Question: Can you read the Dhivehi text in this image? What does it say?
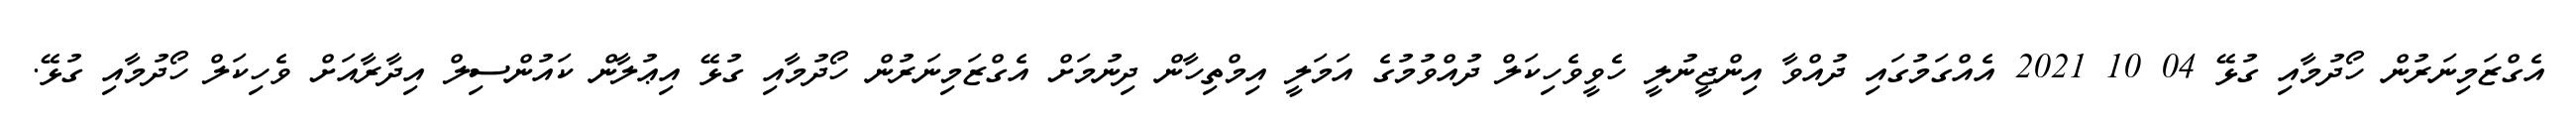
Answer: އެގްޒަމިނަރުން ހޯދުމާއި ގުޅޭ 04 10 2021 އެއްގަމުގައި ދުއްވާ އިންޖީނުލީ ހެވީވެހިކަލް ދުއްވުމުގެ އަމަލީ އިމްތިހާން ދިނުމަށް އެގްޒަމިނަރުން ހޯދުމާއި ގުޅޭ އިޢުލާން ކައުންސިލް އިދާރާއަށް ވެހިކަލް ހޯދުމާއި ގުޅޭ.